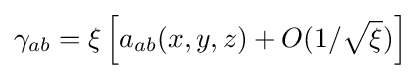
\gamma _{ab}=\xi \left[a_{ab}(x,y,z)+O(1/{\sqrt {\xi }})\right]